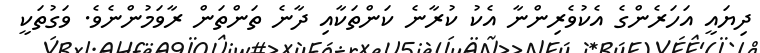
ދިޔައީ އަހަރެންގެ އެކުވެރިންނާ އެކު ކުރާނެ ކަންތަކާއި ދާނެ ތަންތަން ރާވަމުންނެވެ. ވަގުތަކީ